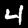
Label: 4